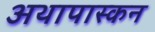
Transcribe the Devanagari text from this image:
अथापास्कन